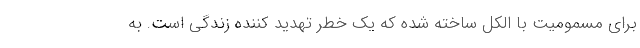
برای مسمومیت با الکل ساخته شده که یک خطر تهدید کننده زندگی است. به